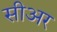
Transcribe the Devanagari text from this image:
सीअर